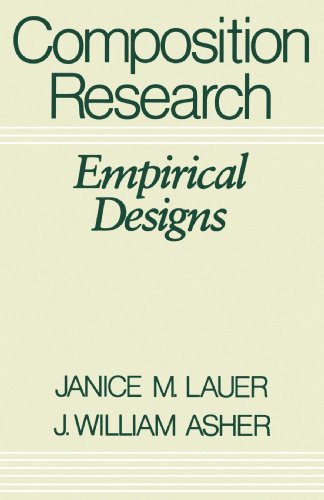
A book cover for Composition Research: Empirical Designs; Janice M. Lauer; Teen & Young Adult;